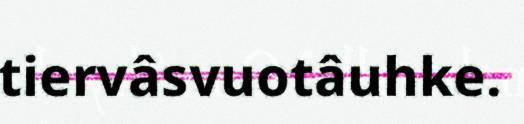
tiervâsvuotâuhke.